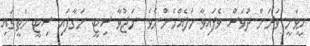
ހީވަނީ ވަރަށް ދުވަސް ވެފައިވާ މަލެއްހެންނެވެ. ނަޖުވާ ސިޓީ ނަގާފައި ސިޓީ މަތީގައި